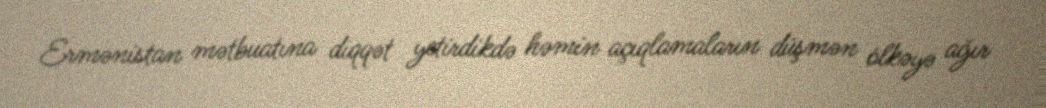
Ermənistan mətbuatına diqqət yetirdikdə həmin açıqlamaların düşmən ölkəyə ağır